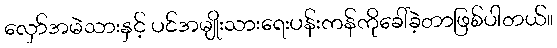
လှော်အမဲသားနှင့် ပင်အမျိုးသားရေးပန်းကန်ကိုခေါ်ခဲ့တာဖြစ်ပါတယ်။